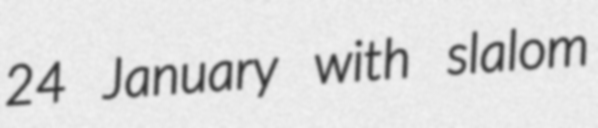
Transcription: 24 January with slalom